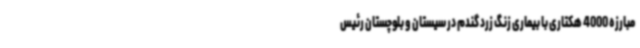
مبارزه 4000 هکتاری با بیماری زنگ زرد گندم در سیستان و بلوچستان رئیس